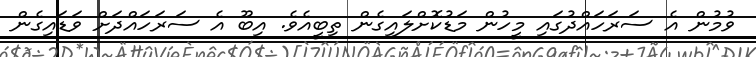
ވުމުން އެ ސަރަހައްދުގައި މީހުން މަޑުކޮށްލައިގެން ތިބީއެވެ. އިބޫ އެ ސަރަހައްދަށް ވަޑައިގެން